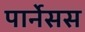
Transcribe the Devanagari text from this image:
पार्नेसस